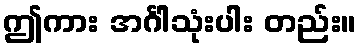
ဤကား အင်္ဂါသုံးပါး တည်း။